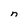
Character: n